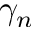
\gamma _ { n }